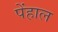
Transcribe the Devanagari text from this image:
पेंहाल